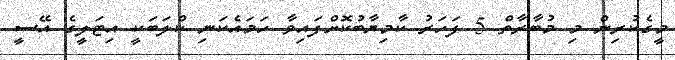
މީގެކުރިން މި މުބާރާތް 5 ފަހަރު ކާމިޔާބުކޮށްފައިވާ ހަމައެކަނި ކްލަބަކީ އިޓަލީގެ އޭސީ